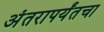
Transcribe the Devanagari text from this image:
अंतरापर्यंतचा